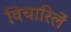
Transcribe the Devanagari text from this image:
विचारिलें